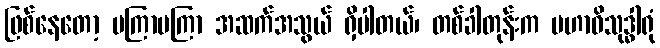
ဖြစ်နေတော့ မကြာမကြာ အဆက်အသွယ် ရှိပါတယ်၊ တစ်ခါတုန်းက မဟာဝိသုဒ္ဓါရုံ